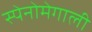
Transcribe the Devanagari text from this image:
स्पेनोमेगाली